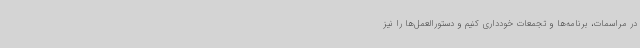
در مراسمات، برنامه‌ها و تجمعات خودداری کنیم و دستورالعمل‌ها را نیز